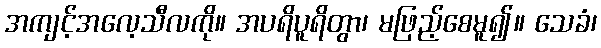
အကျင့်အလေ့သီလကို။ အပရိပူရိတွာ၊ မဖြည့်စေမူ၍။ သေခံ၊